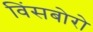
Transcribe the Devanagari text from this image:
विंसबोरो